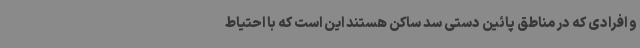
و افرادی که در مناطق پائین دستی سد ساکن هستند این است که با احتیاط